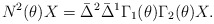
\begin{align*}N^2(\theta)X=\bar{\Delta}^2\bar{\Delta}^1\Gamma_1(\theta)\Gamma_2(\theta)X.\end{align*}